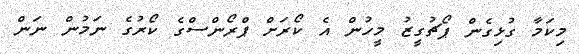
މިކަމާ ގުޅިގެން ޕޯޗުގީޒު މީހުން އެ ކޯރަށް ޕްރޯންސްގެ ކޯރުގެ ނަމުން ނަން